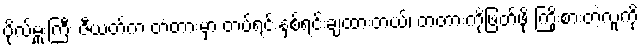
ဗိုလ်မှူးကြီး ဇီယတ်က တံတားမှာ တပ်ရင်းနှစ်ရင်းချထားတယ်၊ တံတားကိုဖြတ်ဖို့ ကြိုးစားတဲ့လူကို